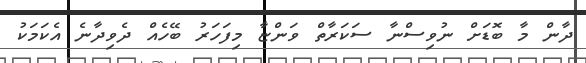
ދާން މާ ބޮޑަށް ނުވިސްނާ ސަކަރާތް ވަންޏާ މިފަހަރު ބޭހެއް ދެވިދާނެ އެކަމަކު